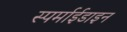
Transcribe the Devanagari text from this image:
स्पर्माईडाइन